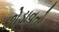
છોડાવતો